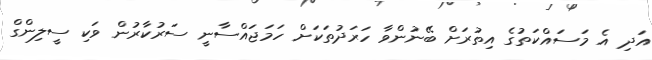
އަދި އެ މަސައްކަތުގެ އިތުރަށް ބޭނުންވާ ހަރަދުތަކަށް ހަމަޖައްސާނީ ސަރުކާރުން ވަކި ސީލިންގް